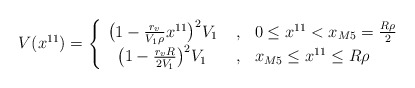
\begin{align*}V(x^{11}) = \left\{ \begin{array}{lll} \big(1-\frac{r_v}{V_1\rho} x^{11}\big)^2 V_1 & \; , & 0 \le x^{11}< x_{M5}=\frac{R\rho}{2} \\ \;\; \big(1-\frac{r_vR}{2V_1}\big)^2 V_1 & \; , & x_{M5} \le x^{11} \le R\rho \end{array} \right.\end{align*}